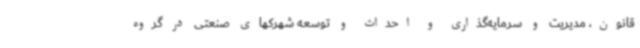
قانون، مدیریت و سرمایه‌گذاری و احداث و توسعه شهرکهای صنعتی در گروه